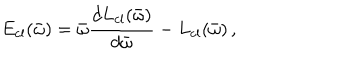
E _ { \mathrm { c l } } ( \bar { \omega } ) = \bar { \omega } \frac { d L _ { \mathrm { c l } } ( \bar { \omega } ) } { d \bar { \omega } } - L _ { \mathrm { c l } } ( \bar { \omega } ) \, ,